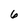
Character: 6